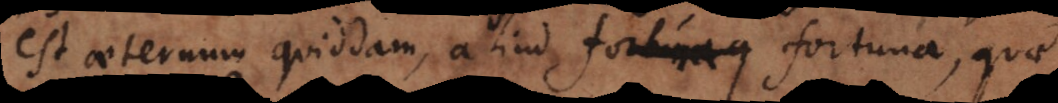
est aeternum quiddam, aliud fortuna, quae